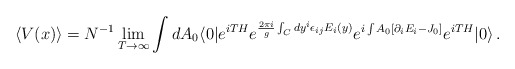
\begin{align*}\langle V(x)\rangle=N^{-1}\lim_{T\rightarrow\infty}\int dA_0\langle 0|e^{iTH}e^{{\frac{2\pi i}{g}}\int_C dy^i\epsilon_{ij}E_i(y)}e^{i\int A_0[\partial_iE_i-J_0]} e^{iTH}|0\rangle\,.\end{align*}